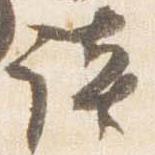
談